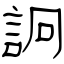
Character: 詗